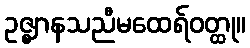
ဥဇ္ဈာနသညီမထေရ်ဝတ္ထု။